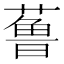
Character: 𱾢